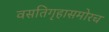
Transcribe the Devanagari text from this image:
वसतिगृहासमोरच